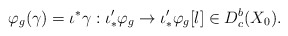
\begin{align*}\varphi_g(\gamma) = \iota^*\gamma: \iota'_*\varphi_g \to \iota'_*\varphi_g[l] \in D^b_c(X_0). \end{align*}